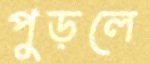
পুড়লে